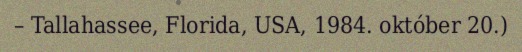
– Tallahassee, Florida, USA, 1984. október 20.)